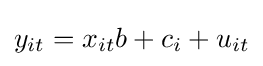
y_{it}=x_{it}b+c_{i}+u_{it}